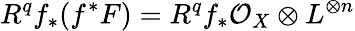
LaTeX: R^{q}f_{*}(f^{*}F)=R^{q}f_{*}{\mathcal{O}}_{X}\otimes L^{\otimes n}